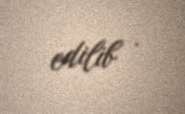
edilib .